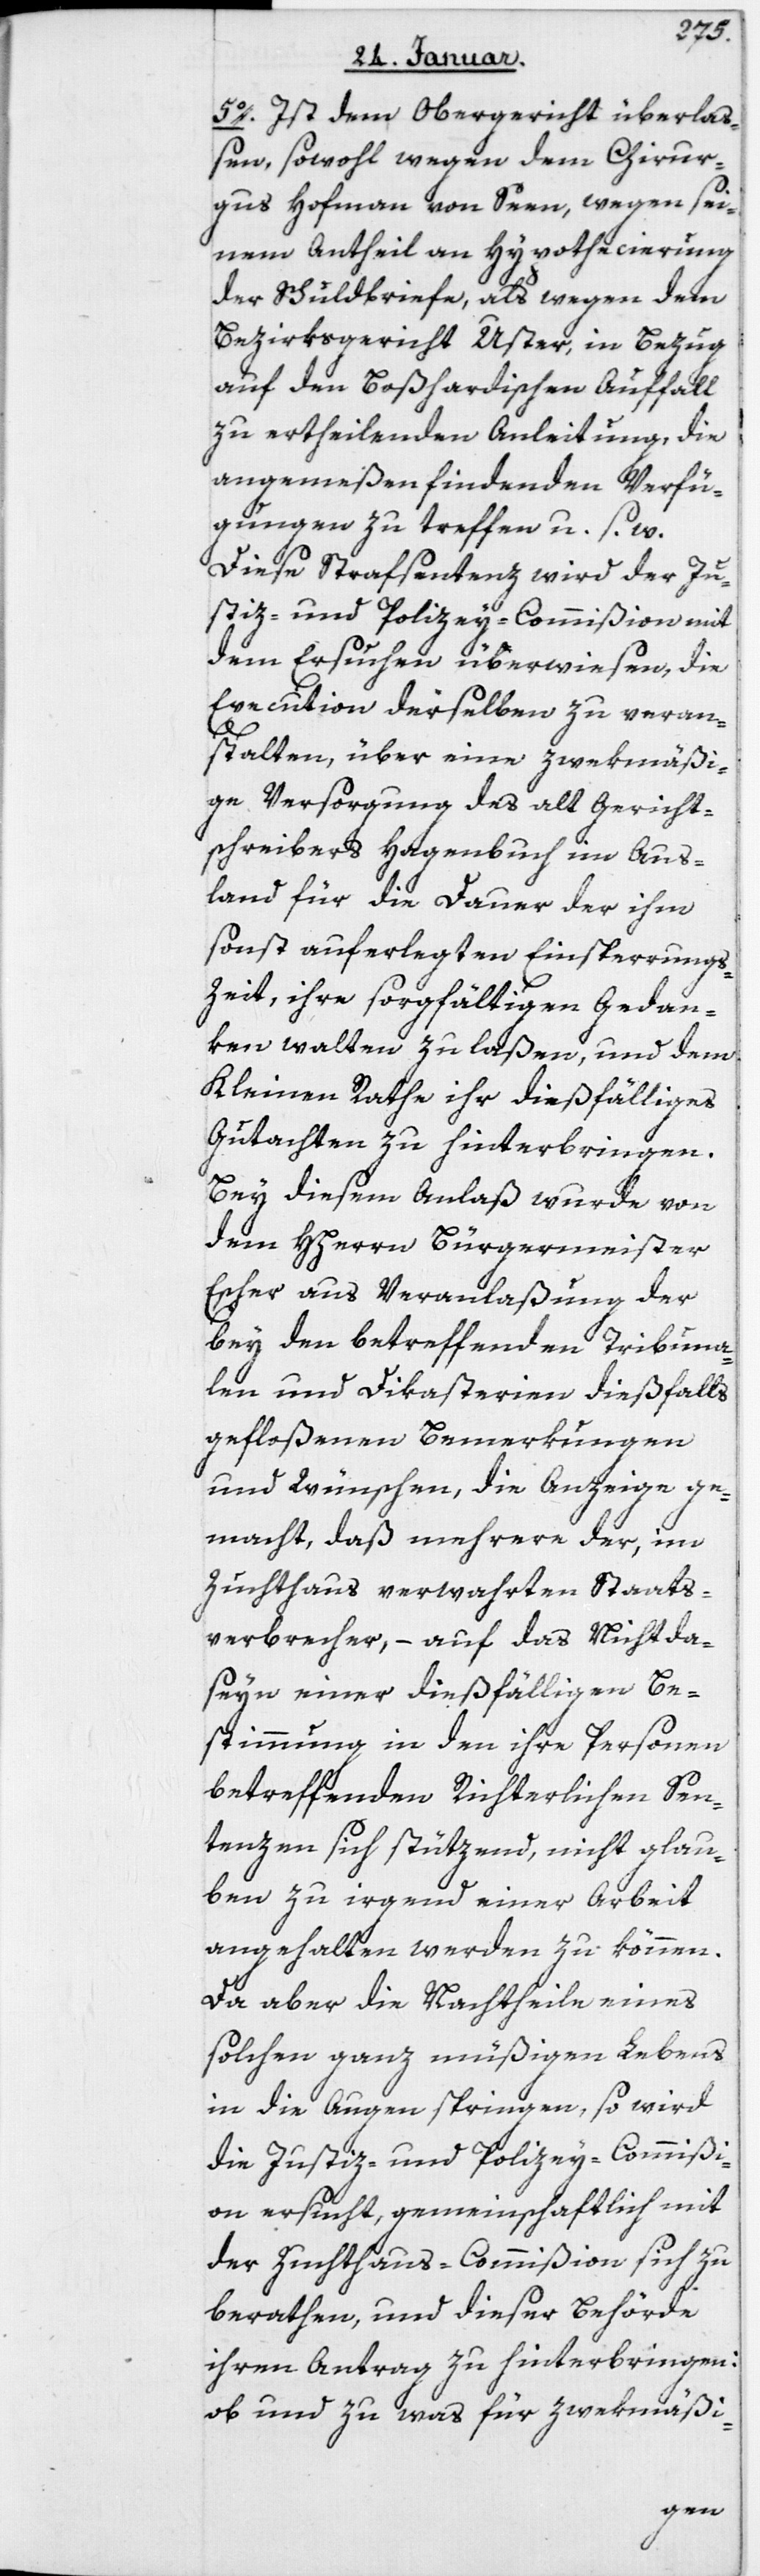
5. Ist dem Obergericht überlaß¬
en, sowohl wegen dem Chirur¬
gus Hofman von Seen, wegen sei¬
nem Antheil an Hypothecierung
der Schuldbriefe, als wegen dem
Bezirksgericht Uster, in Bezug
auf den Boßhardischen Auffall
zu ertheilenden Anleitung, die
angemeßen findenden Verfü¬
gungen zu treffen u. s. w.
Diese Strafsentenz wird der Ju¬
stiz- und Polizey-Commißion mit
dem Ersuchen überwiesen, die
Execution derselben zu veran¬
stalten, über eine zwekmäßi¬
ge Versorgung des alt Gericht¬
schreibers Hagenbuch im Aus¬
land für die Dauer der ihm
sonst auferlegten Einsperrungs-Z¬
eit, ihre sorgfältigen Gedan¬
ken walten zu laßen, und dem
Kleinen Rathe ihr dießfälliges
Gutachten zu hinterbringen.
Bey diesem Anlaß wurde von
dem Herrn Burgermeister
Escher aus Veranlaßung der
bey den betreffenden Tribuna¬
len und Dikasterien dießfalls
gefloßenen Bemerkungen
und Wünschen, die Anzeige ge¬
macht, daß mehrere der, im
Zuchthaus verwahrten Staats¬
verbrecher, – auf das Nichtda¬
seyn einer dießfälligen Be¬
stimmung in den ihre Personen
betreffenden Richterlichen Sen¬
tenzen sich stützend, nicht glau¬
ben zu irgend einer Arbeit
angehalten werden zu können.
Da aber die Nachtheile eines
solchen ganz müßigen Lebens
in die Augen springen, so wird
die Justiz- und Polizey-Commißi¬
on ersucht, gemeinschaftlich mit
der Zuchthaus-Commißion sich zu
berathen, und dieser Behörde
ihren Antrag zu hinterbringen:
ob und zu was für zwekmäßi-